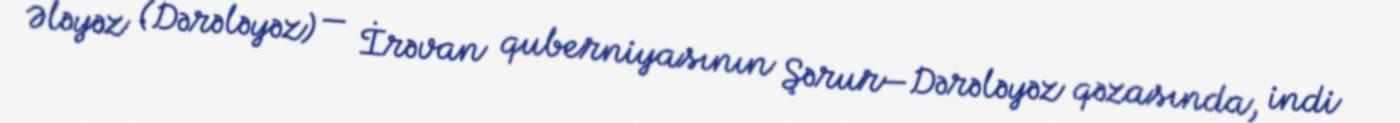
Ələyəz (Dərələyəz) — İrəvan quberniyasının Şərur—Dərələyəz qəzasında, indi